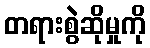
တရားစွဲဆိုမှုကို